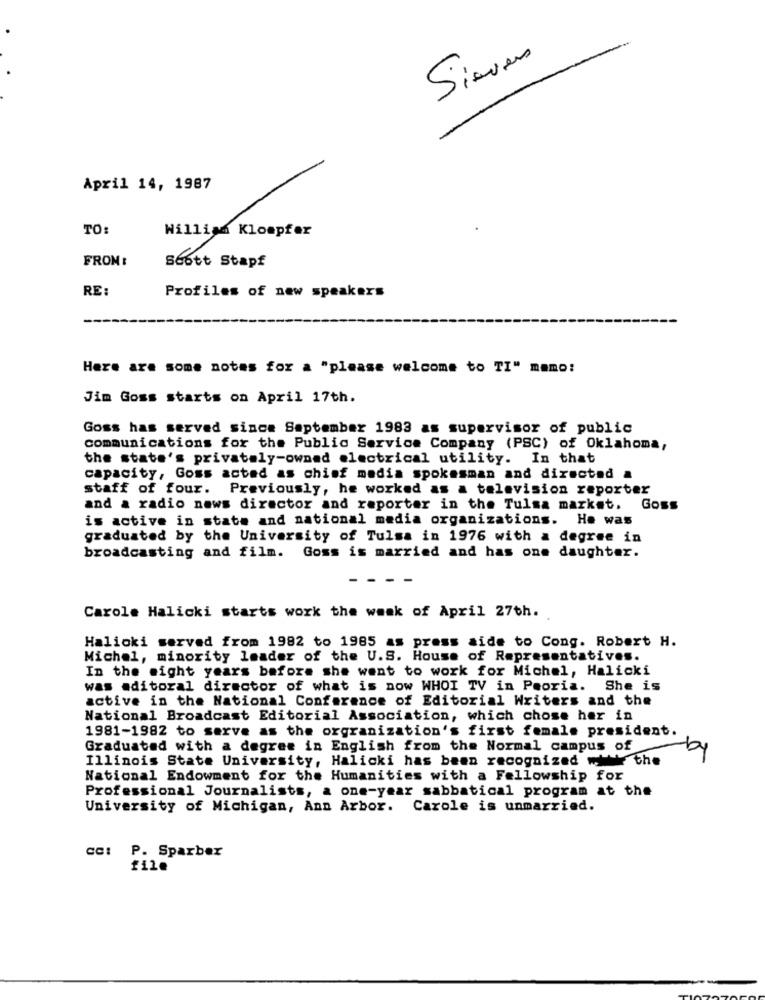
Sieves
April 14, 1987
TO:
William Klompfer
FROM :
Scott Stapf
RE:
Profiles of new speakers
Here are some notes for a "please welcome to TI" mamo:
Jim Goss starts on April 17th.
Goss has served since September 1983 as supervisor of public
communications for the Public Service Company (PSC) of Oklahoma,
the state's privately-owned electrical utility. In that
capacity, Goss acted as chief media spokesman and directed a
staff of four. Previously, he worked as a television reporter
and a radio news director and reporter in the Tulsa market. Goss
is active in state and national media organizations. He was
graduated by the University of Tulsa in 1976 with a degree in
broadcasting and film. Goss is married and has one daughter.
Carole Halicki starts work the weak of April 27th.
Halioki served from 1982 to 1985 as press aide to Cong. Robert H.
Michel, minority leader of the U.S. House of Representatives.
In the eight years before she went to work for Michel, Halicki
was editoral director of what is now WHOI TV in Peoria. She is
active in the National Conference of Editorial Writers and the
National Broadcast Editorial Association, which chose her in
1981-1982 to serve as the orgranization's first female president.
Graduated with a degree in English from the Normal campus of
by
Illinois State University, Halicki has been recognized mit the
National Endowment for the Humanities with a Fellowship for
Professional Journalists, a one-year sabbatical program at the
University of Michigan, Ann Arbor. Carole is unmarried.
cc: P. Sparber